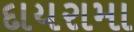
દાયરામા